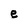
Character: e